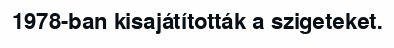
1978-ban kisajátították a szigeteket.